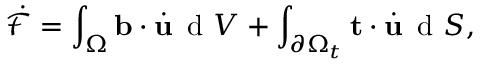
\Dot { \mathcal { F } } = \int _ { \Omega } \mathbf { b } \cdot \Dot { \mathbf { u } } \, \textrm { d } V + \int _ { \partial \Omega _ { t } } \mathbf { t } \cdot \Dot { \mathbf { u } } \, \textrm { d } S ,